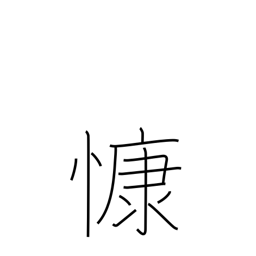
Meaning: grieve